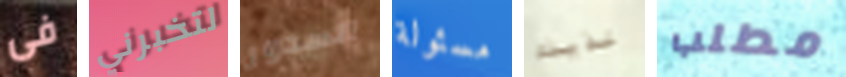
فى لتخبرني الصدور مسئولة لذيذه مطلب